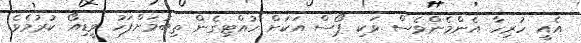
އެއީ ހުރިހާ އެންމެންވެސް ވަކި ޕޯސް އަކަށް ހުއްޓިގެން ތިބުމަށްފަހު ވީޑިއޯ ކުރުމެވެ.